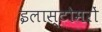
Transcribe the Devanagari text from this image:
इलास्टोमरों